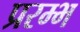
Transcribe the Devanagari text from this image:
प्ररम्भ